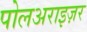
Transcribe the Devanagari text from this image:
पोलअराइज़र